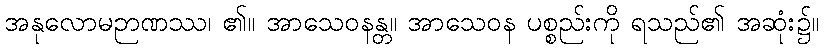
အနုလောမဉာဏဿ၊ ၏။ အာသေဝနန္တ။ အာသေဝန ပစ္စည်းကို ရသည်၏ အဆုံး၌။